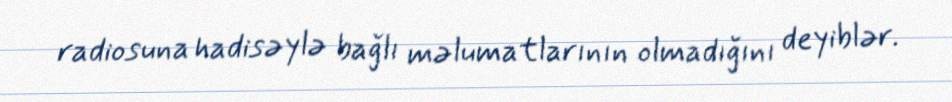
radiosuna hadisəylə bağlı məlumatlarının olmadığını deyiblər.